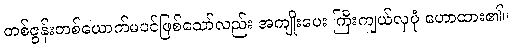
တစ်ဇွန်းတစ်ယောက်မပင်ဖြစ်သော်လည်း အကျိုးပေး ကြီးကျယ်လှပုံ ဟောထား၏။